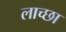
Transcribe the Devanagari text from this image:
लाच्छा